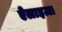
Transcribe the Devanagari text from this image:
ऐलाइज़ा